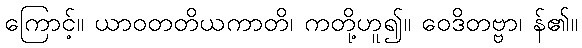
ကြောင့်။ ယာဝတတိယကာတိ၊ ကတို့ဟူ၍။ ဝေဒိတဗ္ဗာ၊ န်၏။